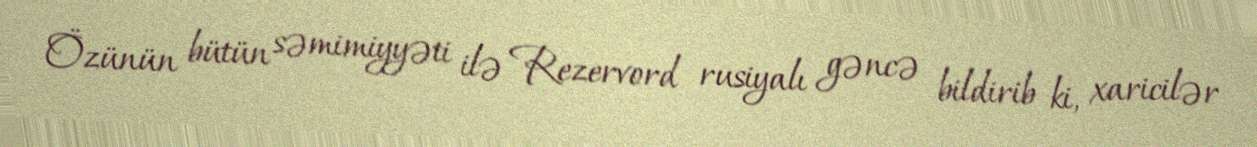
Özünün bütün səmimiyyəti ilə Rezervord rusiyalı gəncə bildirib ki, xaricilər